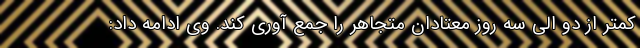
کمتر از دو الی سه روز معتادان متجاهر را جمع آوری کند. وی ادامه داد: